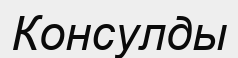
Консулды